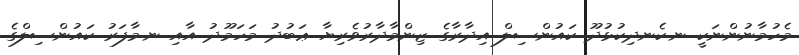
މެހުމާނުންނަކީ ނ.ކެނދިކުޅުދޫ ކައުންސިލް އިދާރާގެ ޒިންމާދާރުވެރިޔާ ޢަބުދު މަހަމޫދު އާއި ނ.މާފަރު ކައުންސިލްގެ